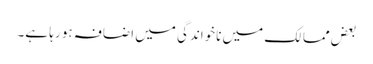
بعض ممالک میں ناخواندگی میں اضافہ ہو رہا ہے۔